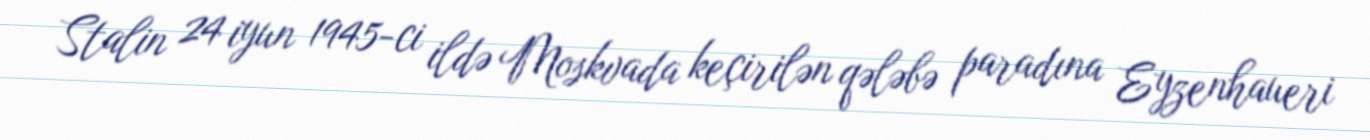
Stalin 24 iyun 1945-ci ildə Moskvada keçirilən qələbə paradına Eyzenhaueri